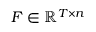
F \in \mathbb { R } ^ { T \times n }